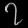
Digit: ၇